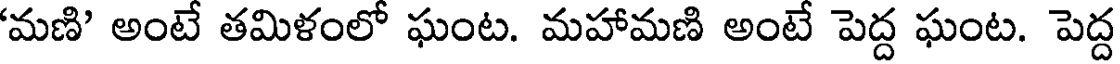
'మణి' అంటే తమిళంలో ఘంట. మహామణి అంటే పెద్ద ఘంట. పెద్ద